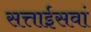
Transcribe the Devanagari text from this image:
सत्ताईसवां